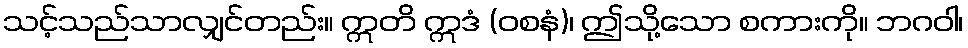
သင့်သည်သာလျှင်တည်း။ ဣတိ ဣဒံ (ဝစနံ)၊ ဤသို့သော စကားကို။ ဘဂဝါ၊